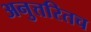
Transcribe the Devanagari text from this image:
अनुत्तरितच